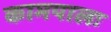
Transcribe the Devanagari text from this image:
कामपालः